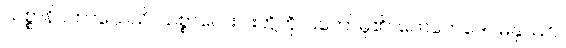
သစ္စာနိပကာသေသိ၊ သစ္စာလေးပါးတို့ကို ပြတော်မူ၏။ တေတေဒေဝမနုဿာ၊